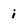
Character: i